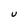
Character: U